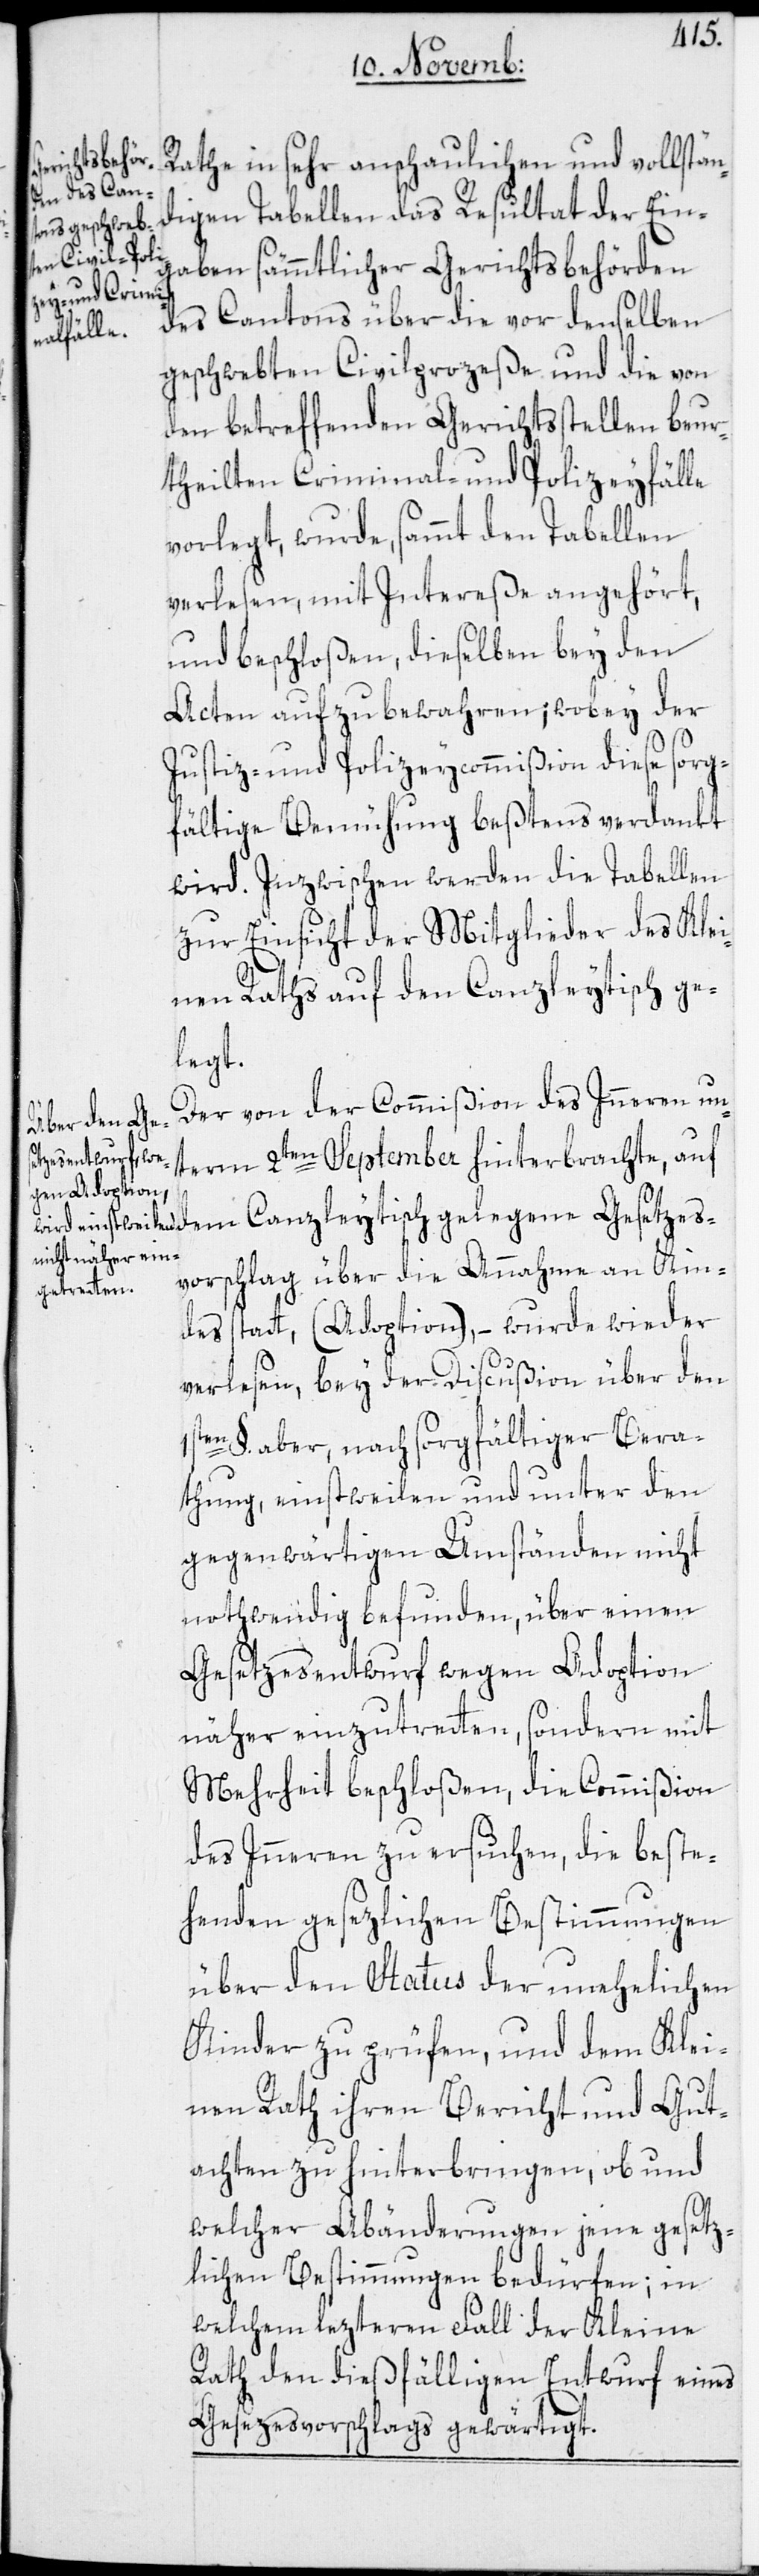
1s¬
Rathe in sehr anschaulichen und vollstän¬
digen Tabellen das Resultat der Ein¬
gaben sämmtlicher Gerichtsbehörden
des Cantons über die vor denselben
geschwebten Civilprozeße und die von
den betreffenden Gerichtsstellen beur¬
theilten Criminal- und Polizeyfälle
vorlegt, wurde, sammt den Tabellen
verlesen, mit Intereße angehört,
und beschloßen, dieselben bey den
Acten aufzubewahren; wobey der
Justiz- und Polizeycommißion diese sorg¬
fältige Bemühung beßtens verdankt
wird. Inzwischen werden die Tabellen
zur Einsicht der Mitglieder des Klei¬
nen Raths auf den Canzleytisch ge¬
legt.
Der von der Commißion des Inneren un¬
term 2ten September hinterbrachte, auf
dem Canzleytisch gelegene Gesetzes¬
vorschlag über die Annahme an Kin¬
des statt (Adoption), – wurde wieder
verlesen, bey der Discußion über den
ten §. aber, nach sorgfältiger Bera¬
thung, einstweilen und unter den
gegenwärtigen Umständen nicht
nothwendig befunden, über einen
Gesetzesentwurf wegen Adoption
näher einzutretten, sondern mit
Mehrheit beschloßen, die Commißion
des Inneren zu ersuchen, die beste¬
henden gesezlichen Bestimmungen
über den Status der unehelichen
Kinder zu prüfen, und dem Klei¬
nen Rath ihren Bericht und Gut¬
achten zu hinterbringen, ob und
welcher Abänderungen jene gesetz¬
lichen Bestimmungen bedürfen; in
welchem lezteren Fall der Kleine
Rath den dießfälligen Entwurf eines
Gesezesvorschlags gewärtigt.